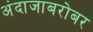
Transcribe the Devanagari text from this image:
अंदाजाबरोबर